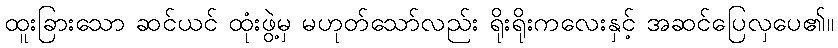
ထူးခြားသော ဆင်ယင် ထုံးဖွဲ့မှ မဟုတ်သော်လည်း ရိုးရိုးကလေးနှင့် အဆင်ပြေလှပေ၏။